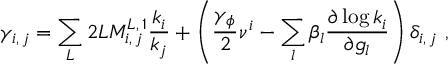
\gamma _ { i , \, j } = \sum _ { L } 2 L M _ { i , \, j } ^ { L , \, 1 } \frac { k _ { i } } { k _ { j } } + \left( \frac { \gamma _ { \phi } } { 2 } \nu ^ { i } - \sum _ { l } \beta _ { l } \frac { \partial \log { k _ { i } } } { \partial g _ { l } } \right) \delta _ { i , \, j } \ ,